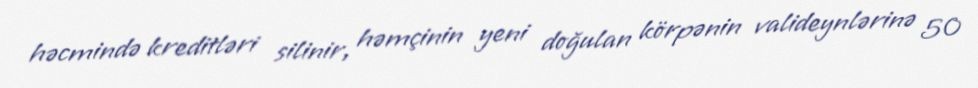
həcmində kreditləri silinir, həmçinin yeni doğulan körpənin valideynlərinə 50